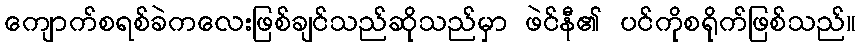
ကျောက်စရစ်ခဲကလေးဖြစ်ချင်သည်ဆိုသည်မှာ ဖဲင်နီ၏ ပင်ကိုစရိုက်ဖြစ်သည်။